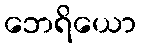
ဘေရိယော